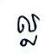
ល្ល